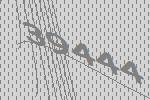
39444